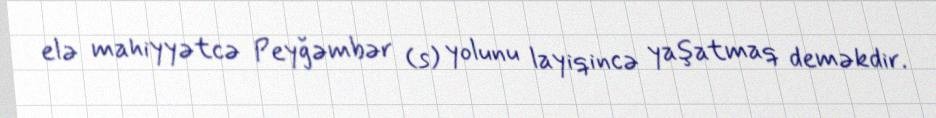
elə mahiyyətcə Peyğəmbər (s) yolunu layiqincə yaşatmaq deməkdir.